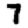
Digit: 7